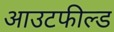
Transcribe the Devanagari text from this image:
आउटफील्‍ड